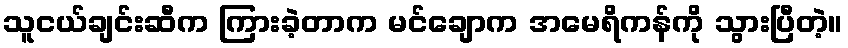
သူငယ်ချင်းဆီက ကြားခဲ့တာက မင်ချောက အမေရိကန်ကို သွားပြီတဲ့။